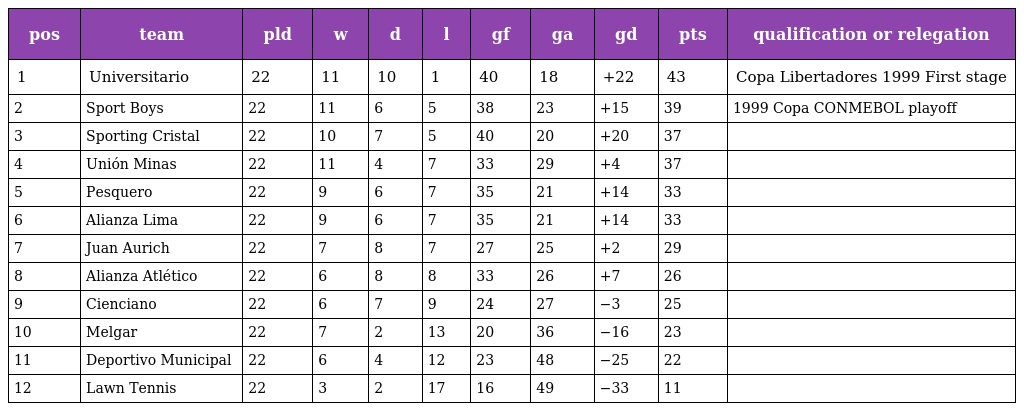
| pos | team | pld | w | d | l | gf | ga | gd | pts | qualification or relegation |
 | --- | --- | --- | --- | --- | --- | --- | --- | --- | --- | --- |
 | 1 | Universitario | 22 | 11 | 10 | 1 | 40 | 18 | +22 | 43 | Copa Libertadores 1999 First stage |
 | 2 | Sport Boys | 22 | 11 | 6 | 5 | 38 | 23 | +15 | 39 | 1999 Copa CONMEBOL playoff |
 | 3 | Sporting Cristal | 22 | 10 | 7 | 5 | 40 | 20 | +20 | 37 |  |
 | 4 | Unión Minas | 22 | 11 | 4 | 7 | 33 | 29 | +4 | 37 |  |
 | 5 | Pesquero | 22 | 9 | 6 | 7 | 35 | 21 | +14 | 33 |  |
 | 6 | Alianza Lima | 22 | 9 | 6 | 7 | 35 | 21 | +14 | 33 |  |
 | 7 | Juan Aurich | 22 | 7 | 8 | 7 | 27 | 25 | +2 | 29 |  |
 | 8 | Alianza Atlético | 22 | 6 | 8 | 8 | 33 | 26 | +7 | 26 |  |
 | 9 | Cienciano | 22 | 6 | 7 | 9 | 24 | 27 | −3 | 25 |  |
 | 10 | Melgar | 22 | 7 | 2 | 13 | 20 | 36 | −16 | 23 |  |
 | 11 | Deportivo Municipal | 22 | 6 | 4 | 12 | 23 | 48 | −25 | 22 |  |
 | 12 | Lawn Tennis | 22 | 3 | 2 | 17 | 16 | 49 | −33 | 11 |  |